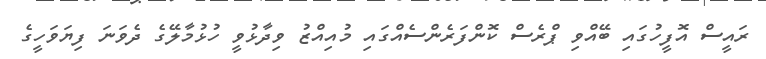
ރައީސް އޮފީހުގައި ބޭއްވި ޕްރެސް ކޮންފަރެންސެއްގައި މުއިއްޒު ވިދާޅުވީ ހުޅުމާލޭގެ ދެވަނަ ފިޔަވަހީގެ